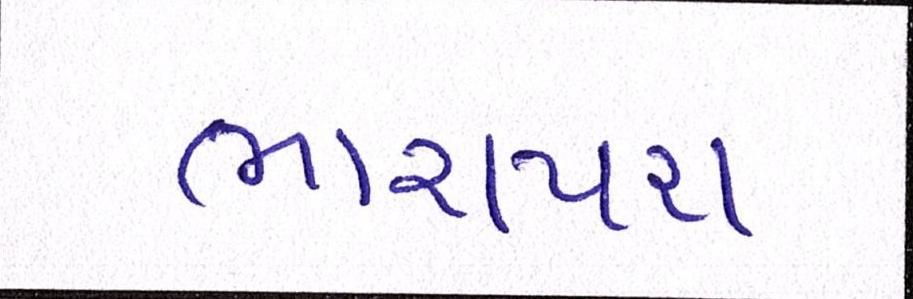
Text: ભારાપરા